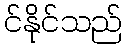
င်နိုင်သည်